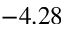
- 4 . 2 8